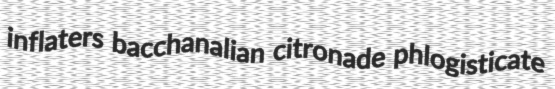
inflaters bacchanalian citronade phlogisticate